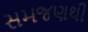
સમજણથી